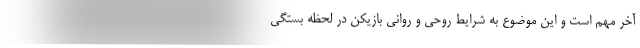
آخر مهم است و این موضوع به شرایط روحی و روانی بازیکن در لحظه بستگی